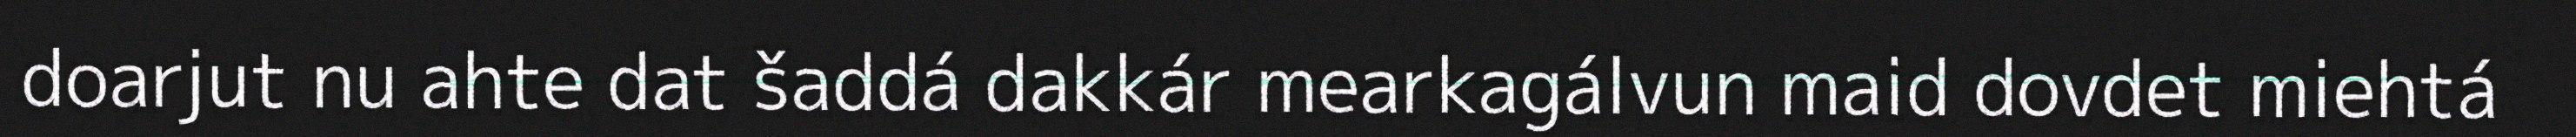
doarjut nu ahte dat šaddá dakkár mearkagálvun maid dovdet miehtá